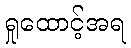
ရှုထောင့်အရ